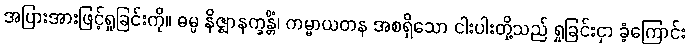
အပြားအားဖြင့်ရှုခြင်းကို။ ဓမ္မ နိဇ္ဈာနက္ခန္တိံ၊ ကမ္မာယတန အစရှိသော ငါးပါးတို့သည် ရှုခြင်းငှာ ခံ့ကြောင်း